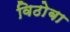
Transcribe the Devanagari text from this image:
विठाेबा